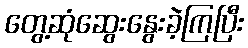
တွေ့ဆုံဆွေးနွေးခဲ့ကြပြီး